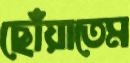
ছোঁয়াতেম